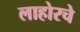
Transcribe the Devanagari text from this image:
लाहोरचे